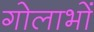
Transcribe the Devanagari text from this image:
गोलाभों